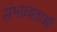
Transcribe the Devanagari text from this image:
संभाव्यताओं